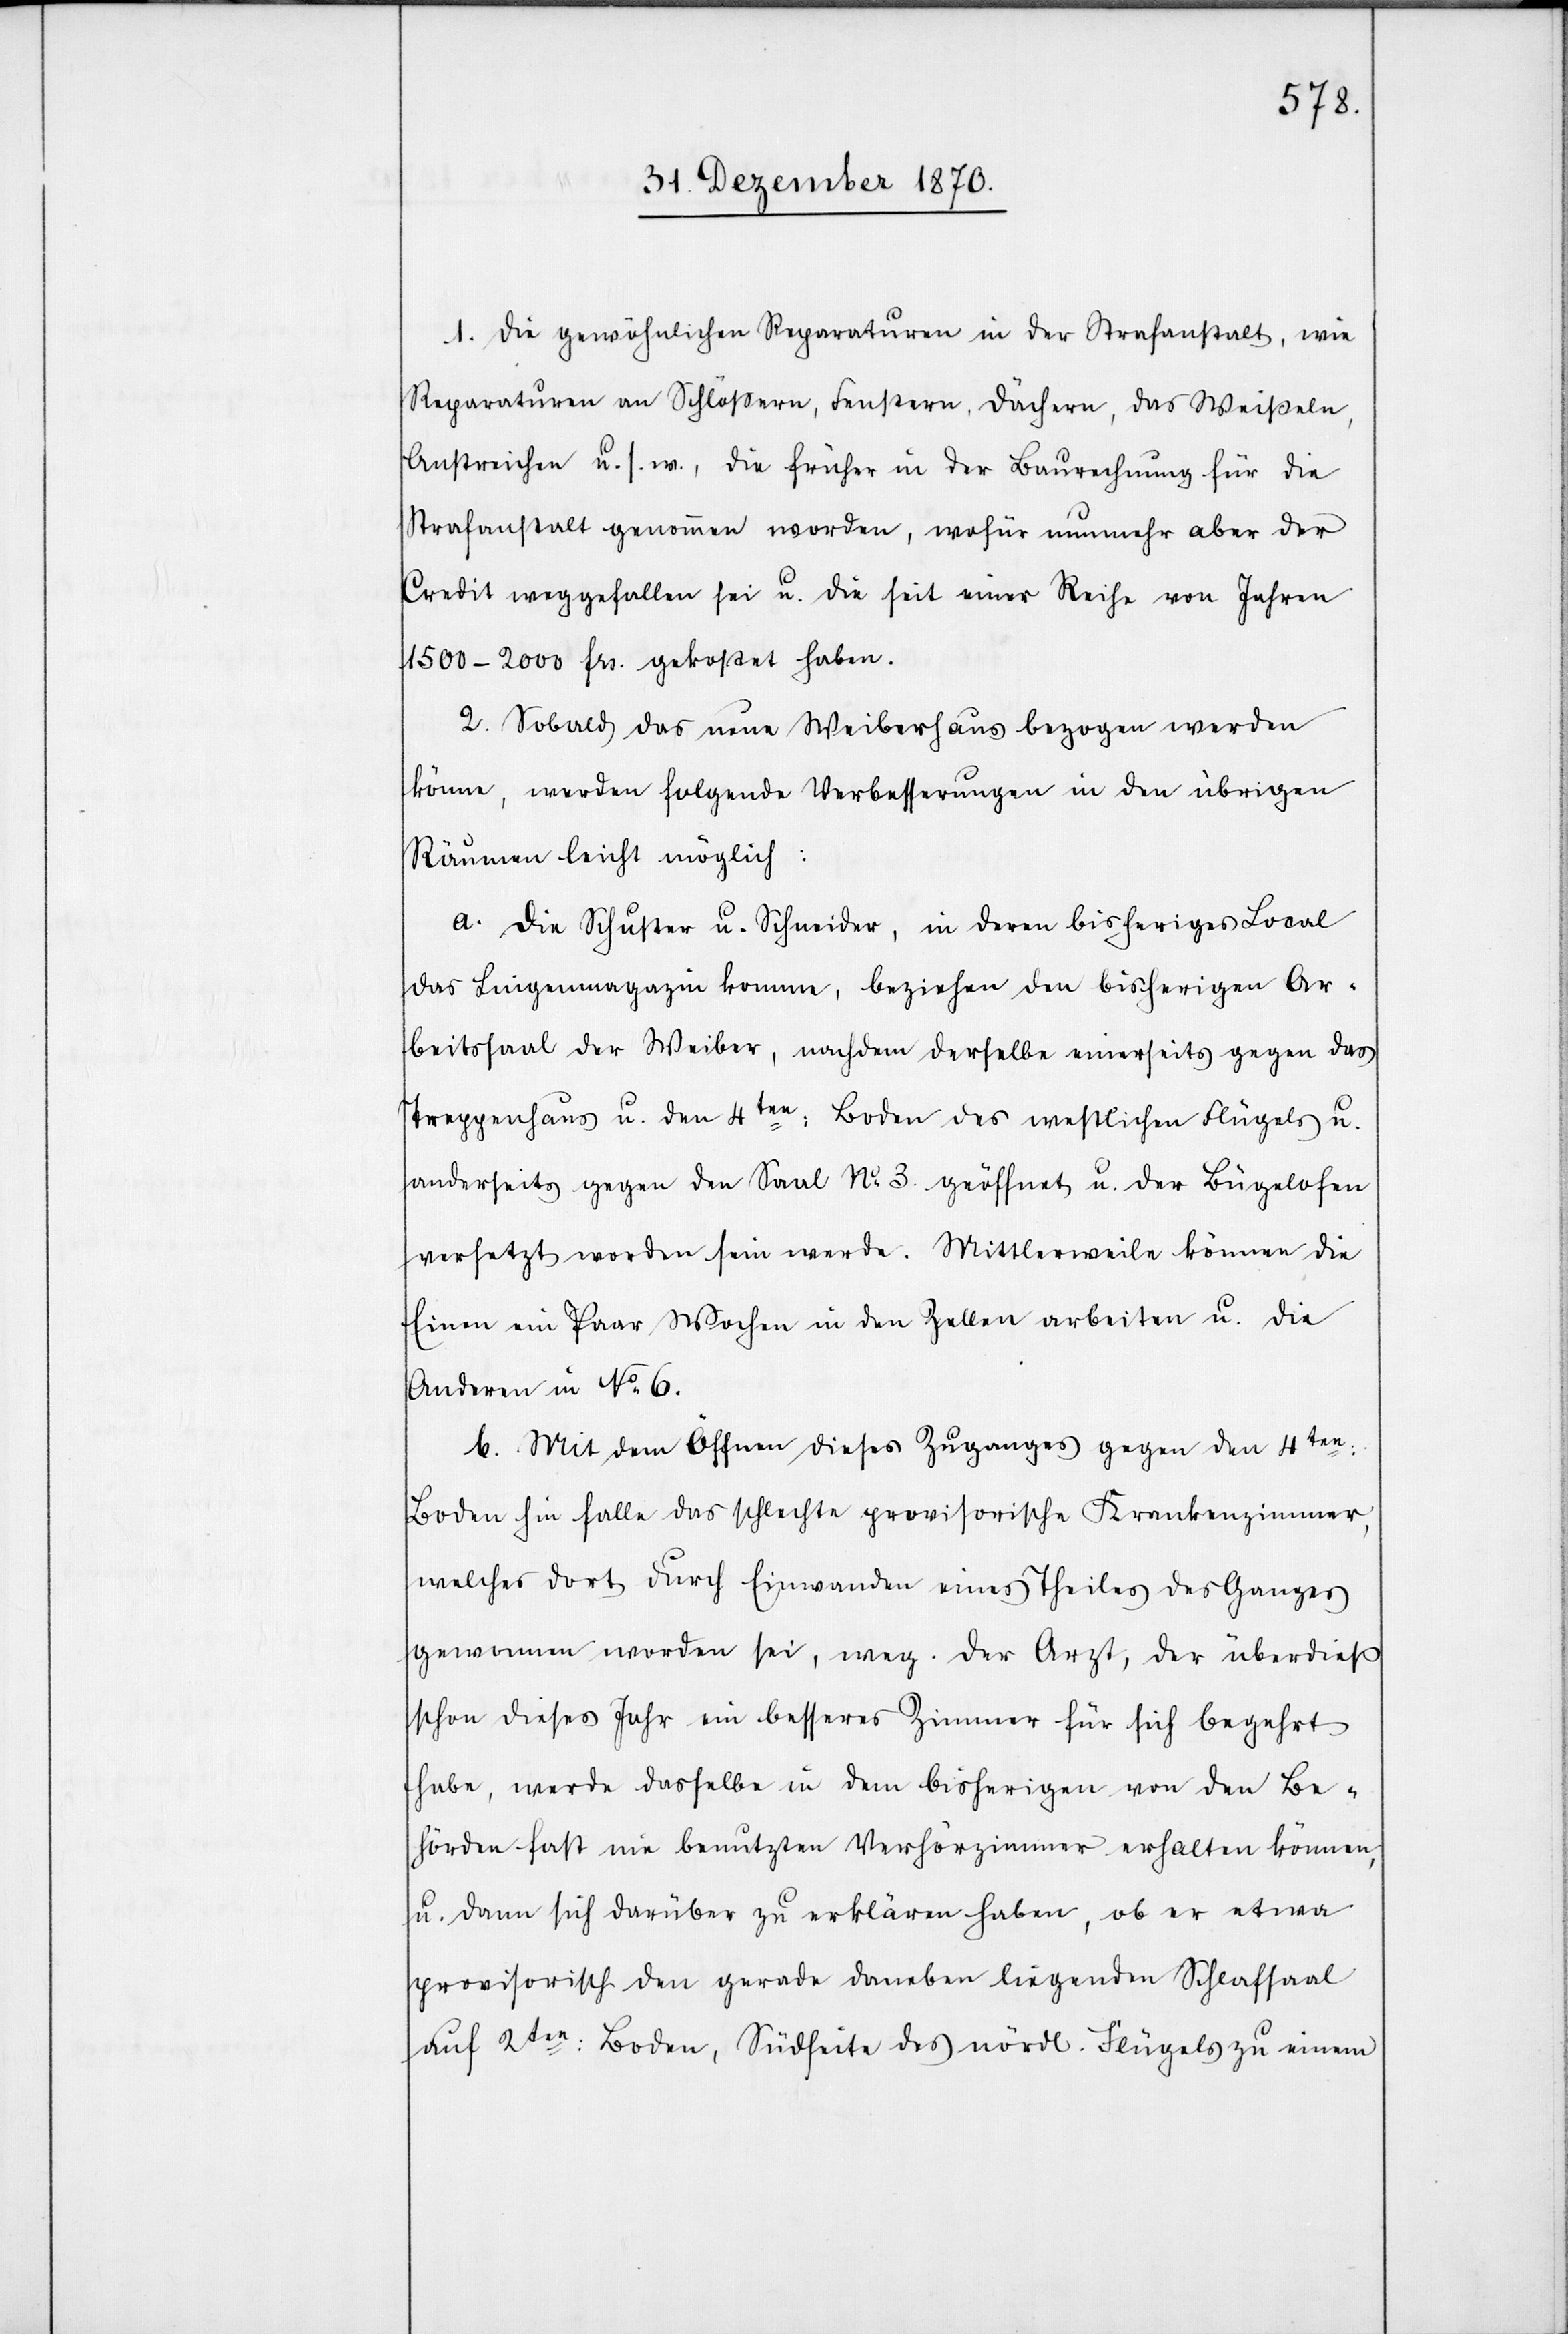
1. Die gewöhnlichen Reparaturen in der Strafanstalt, wie
Reparaturen an Schlößern, Fenstern, Dächern, das Weißeln,
Anstreichen u. s. w., die früher in der Baurechnung für die
Strafanstalt genommen worden, wofür nunmehr aber der
Credit weggefallen sei u. die seit einer Reihe von Jahren
1500–2000 Frs. gekostet haben.
2. Sobald das neue Weiberhaus bezogen werden
könne, werden folgende Verbesserungen in den übrigen
Räumen leicht möglich:
a. Die Schuster u. Schneider, in deren bisheriges Local
das Liegenmagazin komme, beziehen den bisherigen Ar¬
beitssaal der Weiber, nachdem derselbe einerseits gegen das
Treppenhaus u. den 4ten: Boden des westlichen Flügels u.
anderseits gegen den Saal No 3 geöffnet u. der Bügelofen
versetzt worden sein werde. Mittlerweile können die
Einen ein Paar Wochen in den Zellen arbeiten u. die
Anderen in No 6.
b. Mit dem Öffnen dieses Zuganges gegen den 4ten:
Boden hin falle das schlechte provisorische Krankenzimmer,
welches dort durch Einwanden eines Theiles des Ganges
gewonnen worden sei, weg. Der Arzt, der überdieß
schon dieses Jahr ein besseres Zimmer für sich begehrt
habe, werde dasselbe in dem bisherigen von den Be¬
hörden fast nie benutzten Verhörzimmer erhalten können,
u. dann sich darüber zu erklären haben, ob er etwa
provisorisch den gerade daneben liegenden Schlafsaal
auf 2ten: Boden, Südseite des nördl. Flügels zu einem